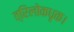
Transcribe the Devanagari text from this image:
त्रिलोकधृक।